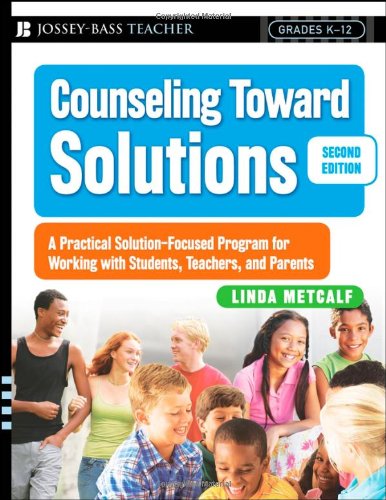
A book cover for Counseling Toward Solutions: A Practical Solution-Focused Program for Working with Students, Teachers, and Parents; Linda Metcalf; Education & Teaching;